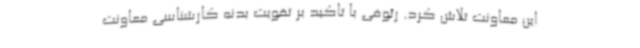
این معاونت تلاش کرد. رئوفی با تاکید بر تقویت بدنه کارشناسی معاونت